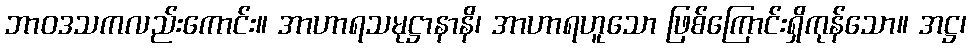
ဘာဝဒသကလည်းကောင်း။ အာဟာရသမုဋ္ဌာနာနိ၊ အာဟာရဟူသော ဖြစ်ကြောင်းရှိကုန်သော။ အဋ္ဌ၊